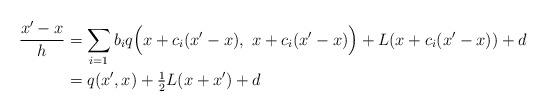
LaTeX: \begin{align*} \frac{x'-x}{h} &= \sum_{i=1} b_i q\Bigl(x + c_i(x'-x),\ x + c_i(x'-x)\Bigr) + L (x + c_i(x'-x)) + d\\&=q(x',x) + \tfrac12L(x+x')+d\end{align*}